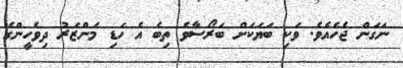
ނަގަން ޖެހެއެވެ. ވަކި ބަޔަކަށް ބަރޯސާވެ ތިބެ އެ ހަޑި މަންޒަރު ދިވެހީންގެ